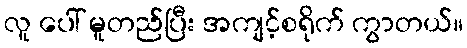
လူ ပေါ် မူတည်ပြီး အကျင့်စရိုက် ကွာတယ်။